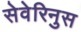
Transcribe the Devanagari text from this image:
सेवेरिनुस